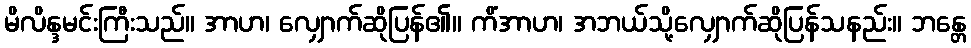
မိလိန္ဒမင်းကြီးသည်။ အာဟ၊ လျှောက်ဆိုပြန်၏။ ကိံအာဟ၊ အဘယ်သို့လျှောက်ဆိုပြန်သနည်း။ ဘန္တေ